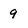
Character: 9